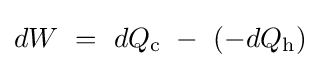
dW\ =\ dQ_{\mathrm {c} }\ -\ (-dQ_{\mathrm {h} })